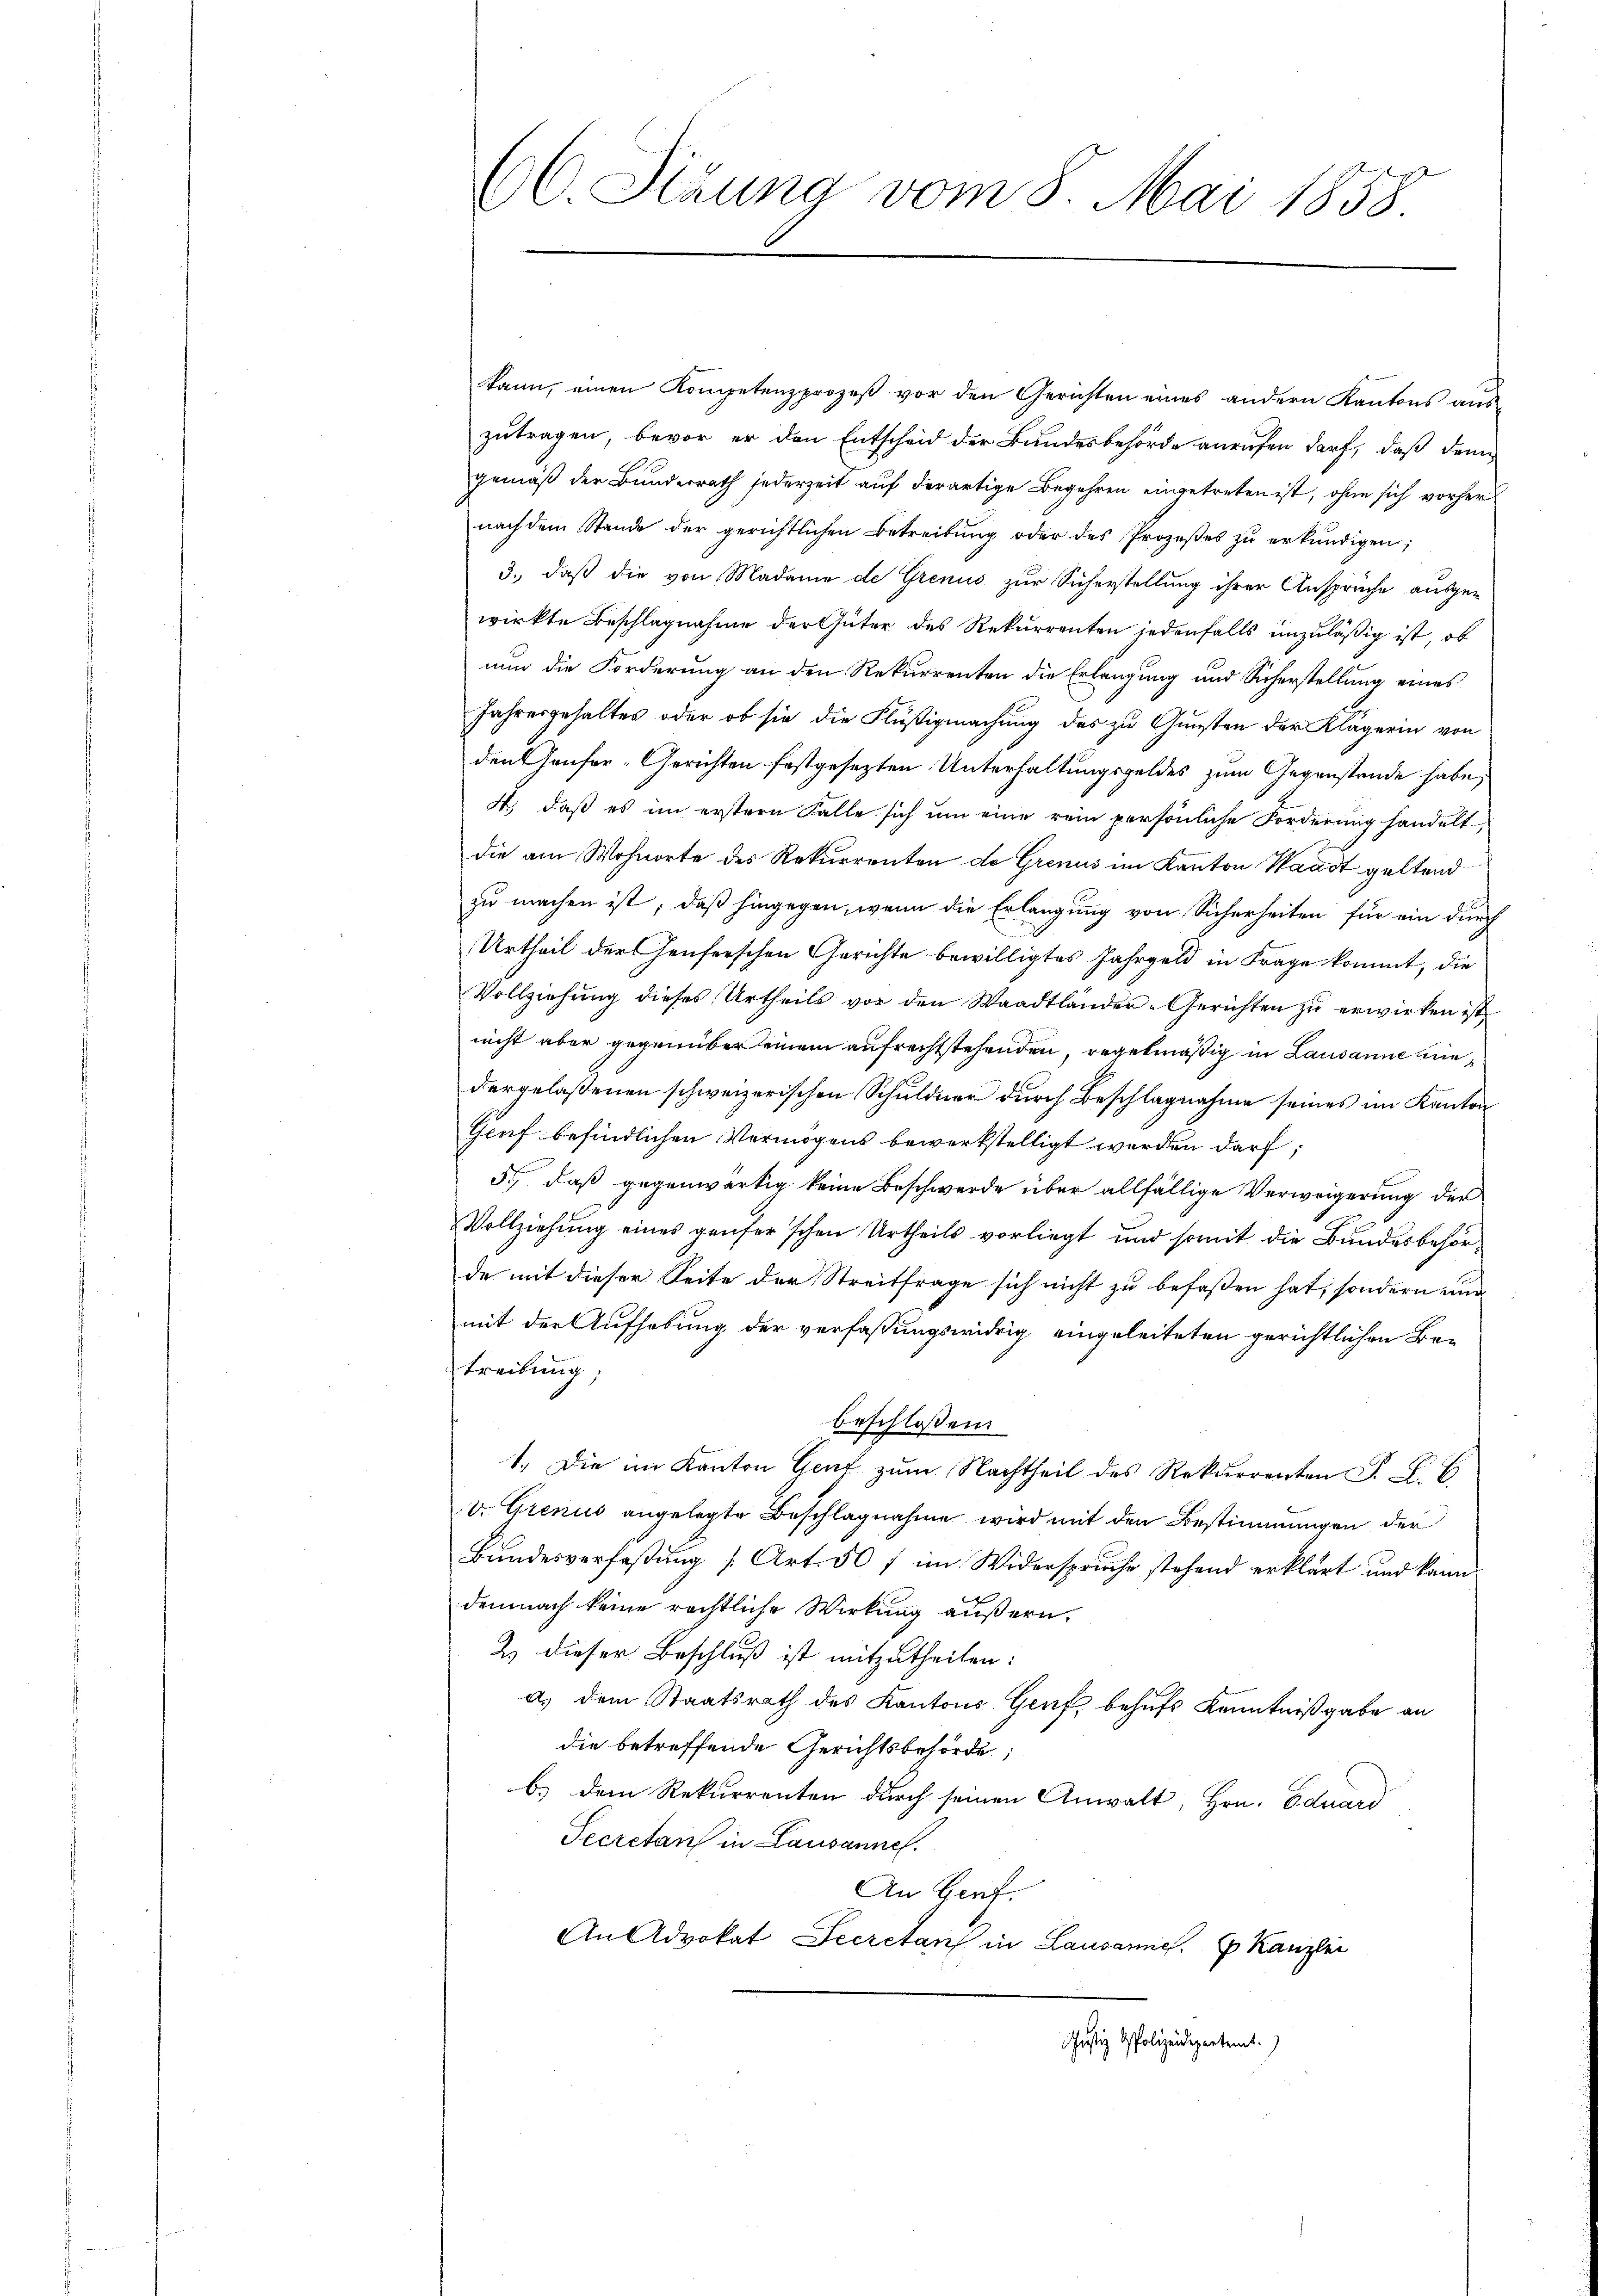
66. Sizung vom 8. Mai 1858

kann, einen Kompetenzprozeß vor den Gerichten eines andern Kantons aus-
zutragen, bevor er den Entscheid der Bundesbehörde anrufen darf, daß denn
gemäß der Bundesrath jederzeit auf derartige Begehren eingetreten ist, ohne sich vorher
nach dem Stande der gerichtlichen Betreitŭng oder des Prozeßes zŭ erkundigen;
3., daß die von Madame de Grenus zur Sicherstellung ihrer Ansprüche ausgewirkte Beschlagnahme der Güter des Rekurrenten jedenfalls unzuläßig ist, ob
nun die Forderung an den Rekurrenten die Erlangung und Sicherstellung eines
Jahresgehaltes oder ob sie die Flüßigmachung des zu Gunsten der Klägerin von
den Genfer-Gerichten festgesezten Unterhaltungsgeldes zum Gegenstande habe,
X. daß es im erstern Falle sich um eine rein persönliche Forderung handelt,
die am Wohnorte des Rekurrenten de Grenus im Kanton Waadt geltend
zu machen ist, daß hingegen, wenn die Erlangung von Sicherheiten für ein durch
Urtheil der Genferschen Gerichte bewilligtes Jahrgeld in Frage kommt, die
Vollziehung dieses Urtheils vor den Waadtländer-Gerichten zu erwirken ist
nicht aber gegenüber einem aufrechtstehenden, regelmäßig in Lausanne wedergelaßenen schweizerischen Schuldner durch Beschlagnahme seines im Kanton
Genf befindlichen Vermögens bewerkstelligt werden darf,
5., daß gegenwärtig keine Beschwerde über allfällige Verweigerung der
Vollziehung eines genfer’schen Urtheils vorliegt und somit die Bundesbehörde mit dieser Seite der Streitfrage sich nicht zu befassen hat, sondern und
mit der Aufhebung der verfassungswidrig eingeleiteten gerichtlichen Be¬
Treibung;
beschlossen
1. Die im Kanton Genf zŭm Nachtheil des Rekurrenten F. L. C
v. Grenus angelegte Beschlagnahme wird mit den Bestimmungen der
Bundesverfaßung [Art. 507 im Widerspruche stehend erklärt und kann
d
demnach keine rechtliche Wirkung äußern.
2) dieser Beschluß ist mitzutheilen:
a) dem Staatsrath des Kantons- Genf behufs Kenntnißgabe an
die betreffende Gerichtsbehörde;
b.) dem Rekurrenten durch seinen Anwalt, Hrn. Eduard
Secretan in Lausannes.
An Genf.
An Advokat Secretan in Lausannes. Kanzlei
Justiz Apolizeidepartement.